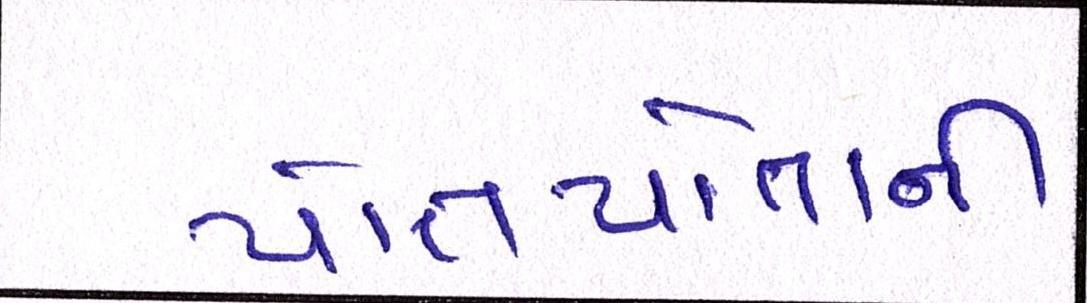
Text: પોતપોતાની